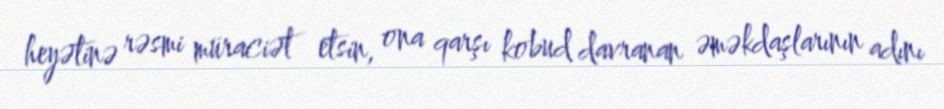
heyətinə rəsmi müraciət etsin, ona qarşı kobud davranan əməkdaşlarının adını